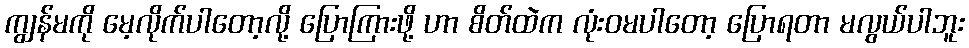
ကျွန်မကို မေ့လိုက်ပါတော့လို့ ပြောကြားဖို့ ဟာ စိတ်ထဲက လုံးဝမပါတော့ ပြောရတာ မလွယ်ပါဘူး